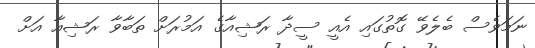
ނަމަވެސް ބެލެވޭ ގޮތުގައި އެއީ ސީދާ ރަޝިއާގެ އަމުރަށް ތަބާވާ ރަޝިއާ އަށް